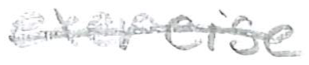
Text: exercise
Cross-out: single-line
Writing tool: pencil